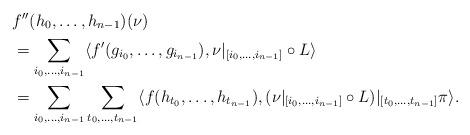
LaTeX: \begin{align*}&f''(h_0,\ldots, h_{n-1})(\nu)\\&=\sum_{i_0,\ldots, i_{n-1}}\langle f'(g_{i_0},\ldots, g_{i_{n-1}}), \nu|_{[i_0,\ldots, i_{n-1}]} \circ L\rangle\\&=\sum_{i_0,\ldots, i_{n-1}}\sum_{t_0,\ldots, t_{n-1}}\langle f(h_{t_0}, \ldots, h_{t_{n-1}}),(\nu|_{[i_0,\ldots, i_{n-1}]} \circ L)|_{[t_0,\ldots, t_{n-1}]}\pi \rangle.\end{align*}